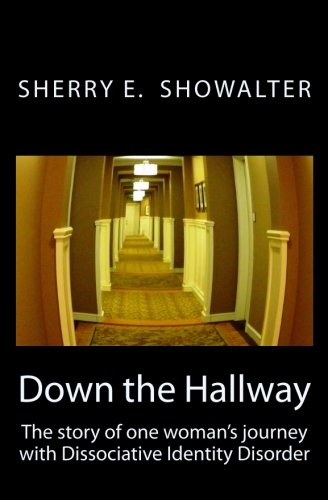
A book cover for Down the Hallway: The story of one woman's journey with Dissociative Identity Disorder; Sherry E Showalter; Health, Fitness & Dieting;